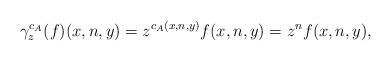
LaTeX: \begin{align*} \gamma^{c_A}_z(f)(x, n, y) = z^{c_A(x, n, y)} f(x, n, y) = z^n f(x, n, y),\end{align*}